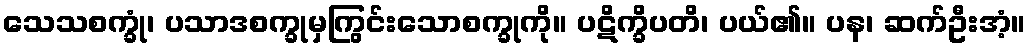
သေသစက္ခုံ၊ ပသာဒစက္ခုမှကြွင်းသောစက္ခုကို။ ပဋိက္ခိပတိ၊ ပယ်၏။ ပန၊ ဆက်ဦးအံ့။